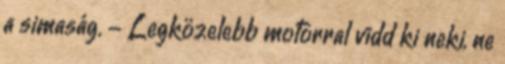
a simaság. - Legközelebb motorral vidd ki neki, ne